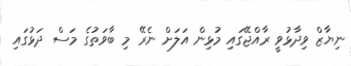
ނިިޔާޒް ވިދާޅުވީ ރާއްޖޭގައި މުޅިން އަލަށް ނެރޭ މި ބާވަތުގެ މަސް ދަޅުގައި